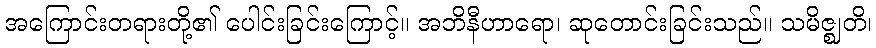
အကြောင်းတရားတို့၏ ပေါင်းခြင်းကြောင့်။ အဘိနီဟာရော၊ ဆုတောင်းခြင်းသည်။ သမိဇ္ဈတိ၊